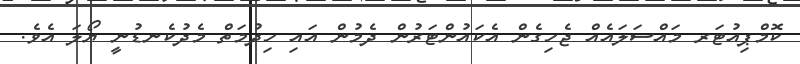
ކޮމްޕިއުޓަރ މައްސަލައެއް ޖެހިގެން އެކައުންޓަރުން ދެމުން އައި ހިދުމަތް މެދުކެނޑުނީ ޔޯލަ އެވެ.